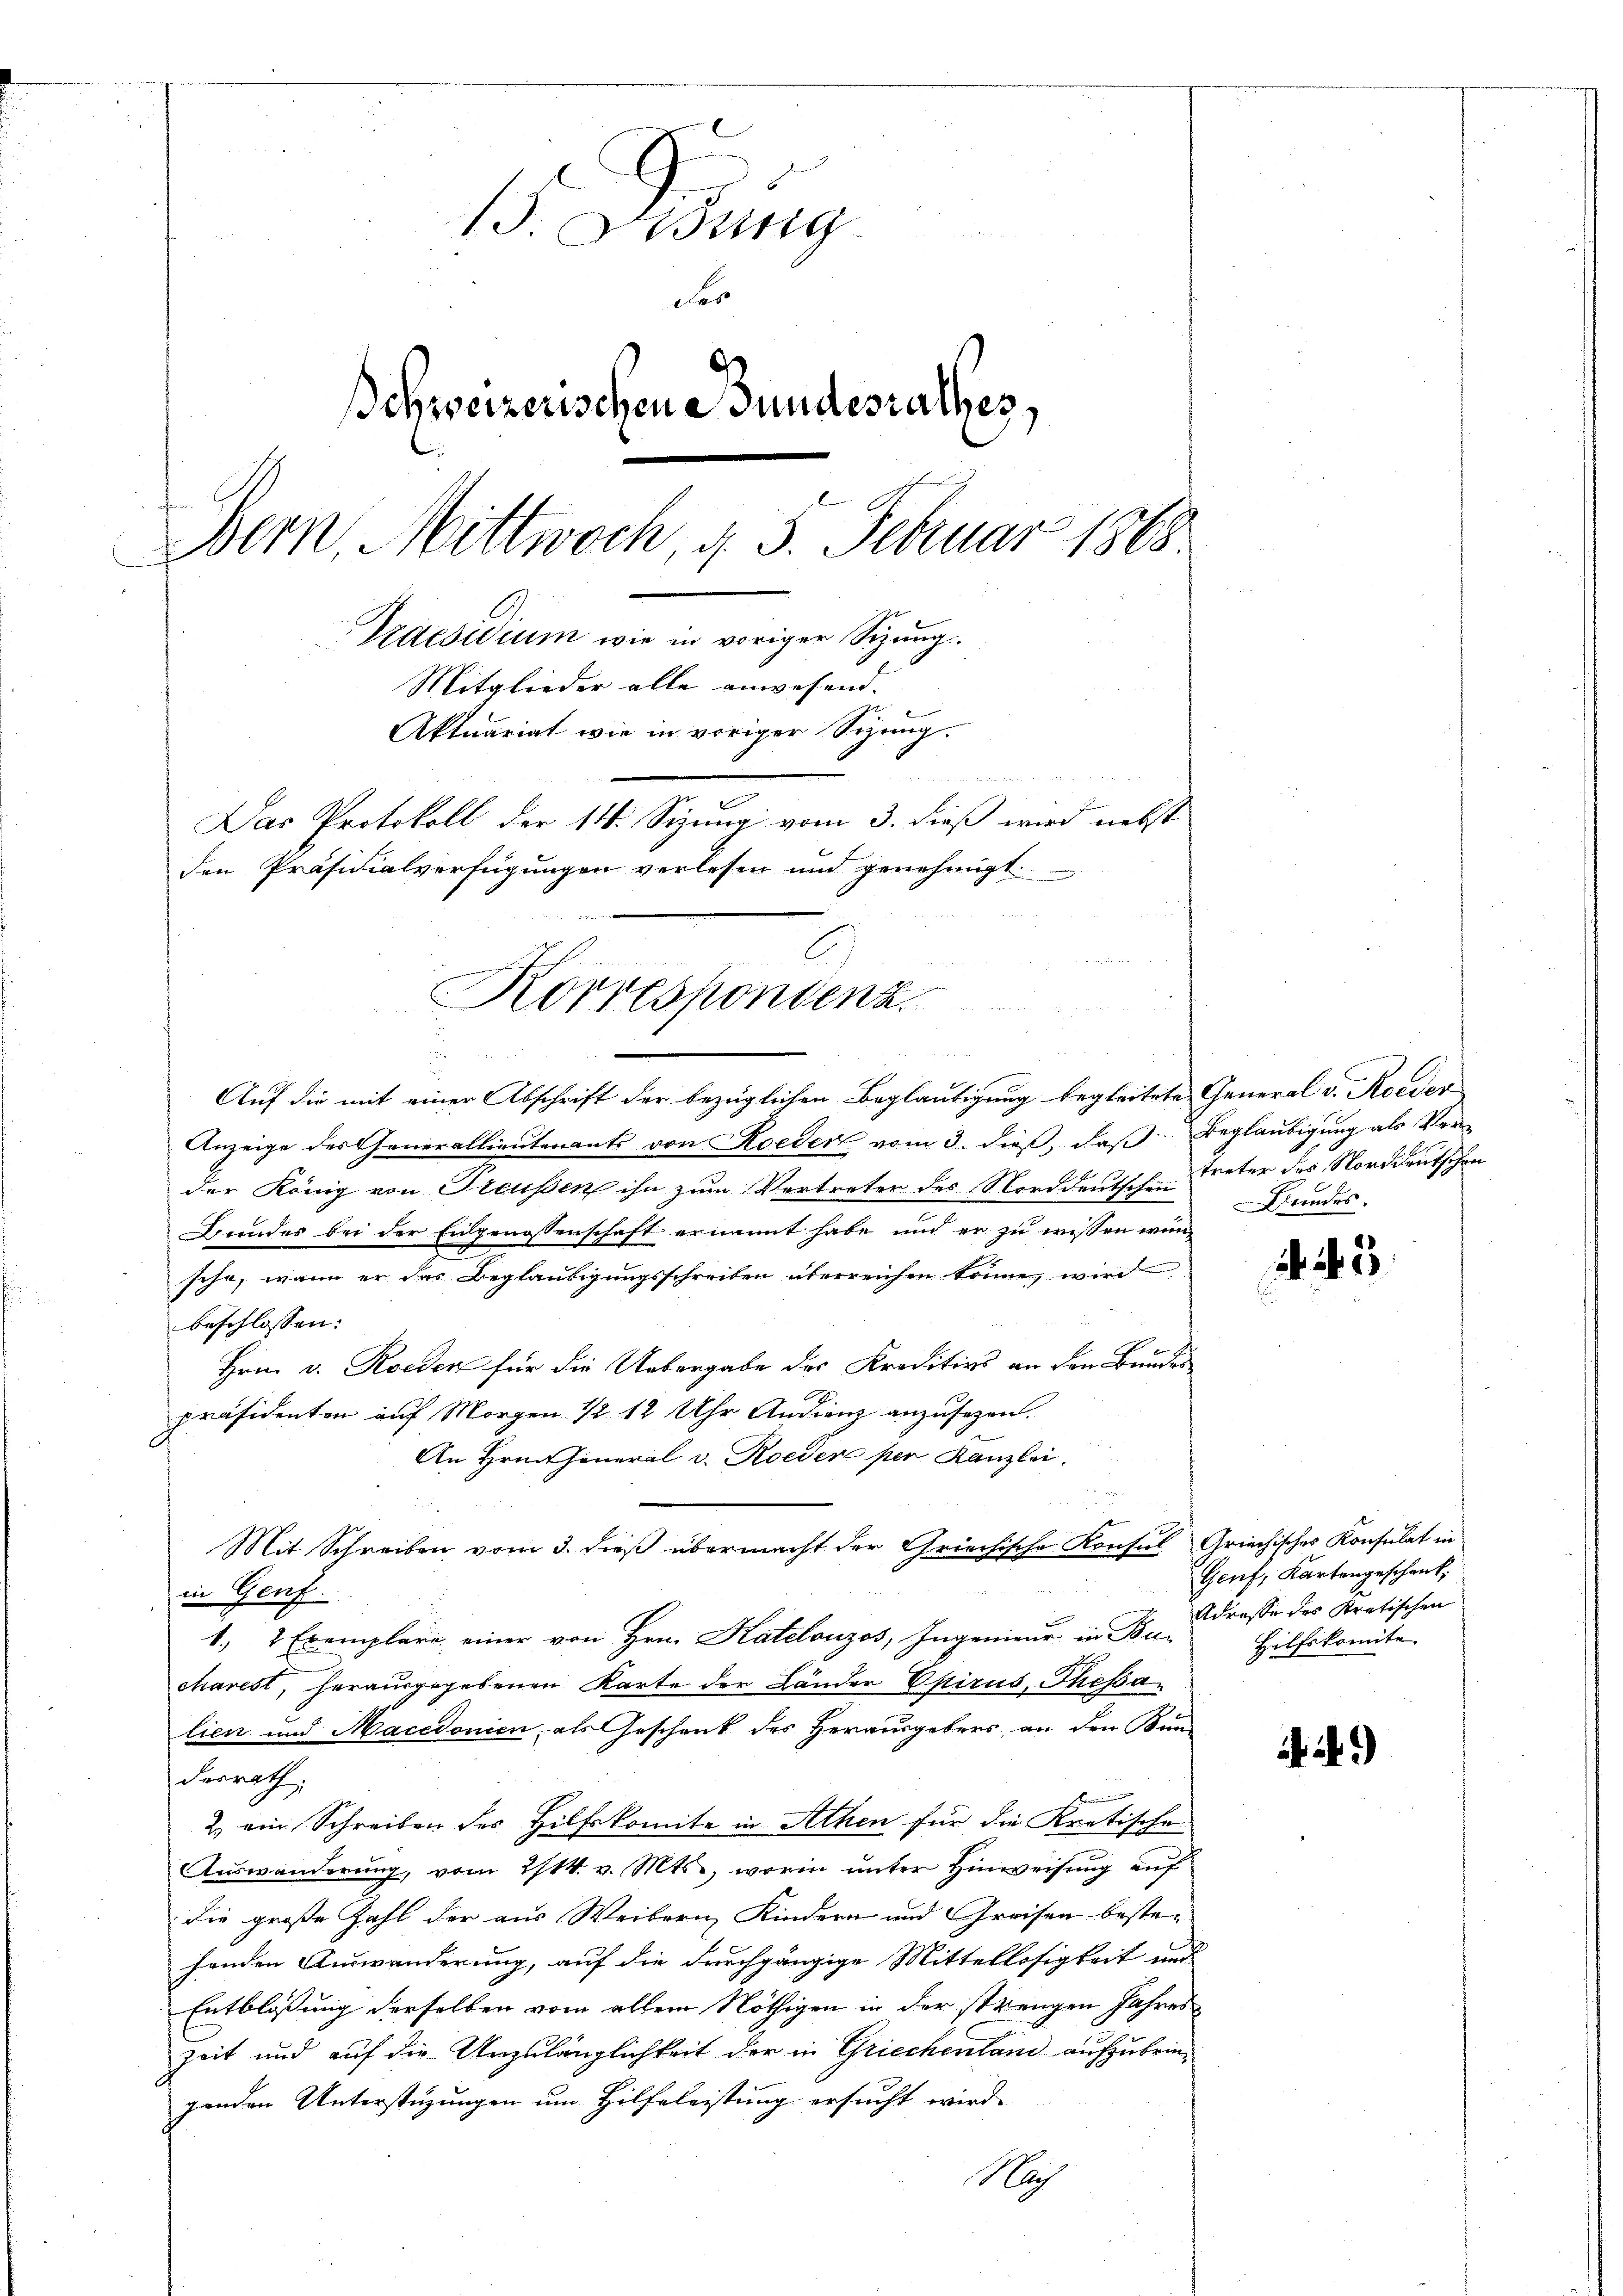
13. ung
der
Schweizerischen Bundesrathes,
Bern. Mittwoch, d. 5. Februar 1868
Praesidium wie in voriger Sizung.
Mitglieder alle anwesend.
Aktuariat wie in voriger Sizung.
d
Das Protokoll der 14. Sizung vom 3. dieß wird nebst
den Präsidialverfügungen verlesen und genehmigt.

Korrespondenz.

Auf die mit einer Abschrift der bezüglichen Beglaubigung begleitete General v. Roeder

Anzeige des Generallieutenants von Roeder vom 3. dieß, daß Beglaubigung als Ver-
der König von Freussen ihn zum Vertreter des Norddeutsch-Treter des Norddeutschen
Bundes bei der Eidgenossenschaft ernannt habe und er zu wissen wünsche, wenn er das Beglaubigungsschreiben überreichen könne, wird
beschlossen:
Hrnn v. Roeden für die Uebergabe der Kreditivs an den Bundes

präsidenten auf Morgen ½ 12 Uhr Andienz anzusehen.
An Hrnntheneral v. Roeder per Kanzlei.
u
Mit Schreiben vom 3. dieß übermacht der Griechische Konsul Griechisches Konsulat in
in Genf
1, 2 Exemplare, einer von Hrn. Katelonzes, Ingenieur in Bun
charest, herausgegebenen Karte der Länder Epirus, Thessa
lien und Macedonien, als Geschenk des Herausgebers an den Kun
derrath
2.) ein Schreiben des Hilfskomite in Athen für die Kretischen
Auswanderung, vom 2/14. v. Mts., worin unter Hinweisung auf
die große Zahl der aus Weibern Kindern und Greisen bestehenden Auswanderung, auf die durchgängige Mittellosigkeit und
Entblösung derselben vom allem Nöthigen in der strengen Jahres
zeit und auf die Unzulänglichkeit der in Griechenland aufzubringenden Unterstüzungen um Hilfeleistung ersucht wird.
M

undes.

. 2

Genf, Kartengeschenk,
Adresse des Kretischen
Hilfskomite

)